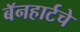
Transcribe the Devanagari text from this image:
बॅनहार्टचे